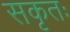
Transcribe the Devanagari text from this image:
सकृतः